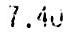
7.40